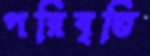
পরিবৃত্তি